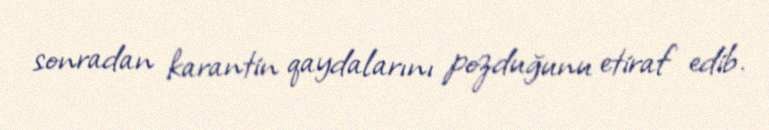
sonradan karantin qaydalarını pozduğunu etiraf edib.